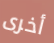
أخرى